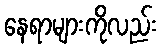
နေရာများကိုလည်း